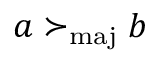
a \succ _ { \mathrm { m a j } } b